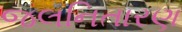
જલનિતારણ